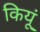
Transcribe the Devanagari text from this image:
कियूं